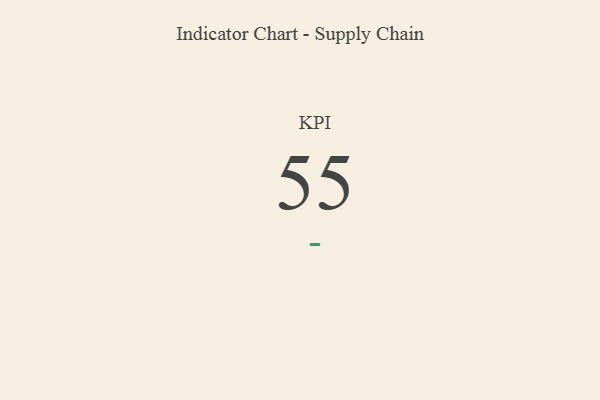
{"axis": {"x": "KPI", "y": "Value"}, "legend": [""], "data": [{"x": "KPI", "y": 55, "type": ""}]}